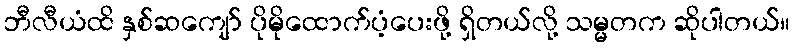
ဘီလီယံထိ နှစ်ဆကျော် ပိုမိုထောက်ပံ့ပေးဖို့ ရှိတယ်လို့ သမ္မတက ဆိုပါတယ်။